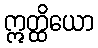
ဣတ္ထိယော